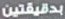
دقيقتين